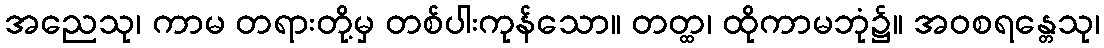
အညေသု၊ ကာမ တရားတို့မှ တစ်ပါးကုန်သော။ တတ္ထ၊ ထိုကာမဘုံ၌။ အဝစရန္တေသု၊